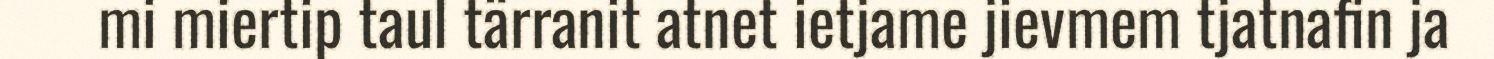
mi miertip taul tärranit atnet ietjame jievmem tjatnafin ja